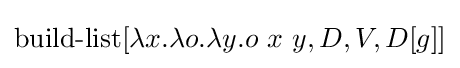
\operatorname {build-list} [\lambda x.\lambda o.\lambda y.o\ x\ y,D,V,D[g]]